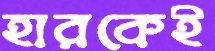
হারকেই